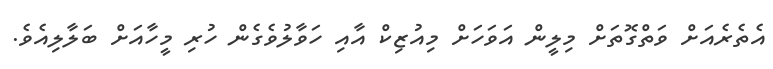
އެތެރެއަށް ވަތްގޮތަށް މިލީން އަވަހަށް މިއުޒިކް އާއި ހަވާލުވެގެން ހުރި މީހާއަށް ބަލާލިއެވެ.